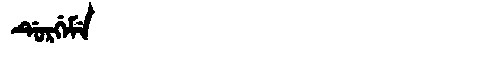
Manchu: ᡩᡠᡵᡤᡝᠮᡝ
Romanization: DURGEME